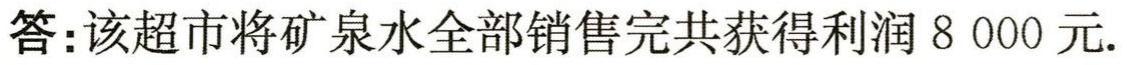
答：该超市将矿泉水全部销售完共获得利润8 000元.